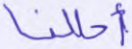
أحللنا